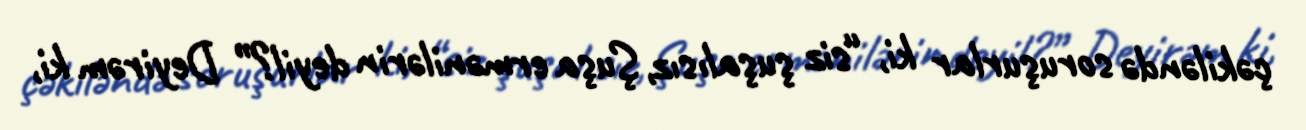
çəkiləndə soruşurlar ki, “siz şuşalısız, Şuşa ermənilərin deyil?” Deyirəm ki,